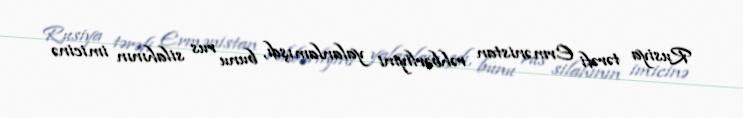
Rusiya tərəfi Ermənistan rəhbərliyini yalanlamışdı, bunu rus silahının imicinə